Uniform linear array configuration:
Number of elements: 64
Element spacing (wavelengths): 0.25
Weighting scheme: cosine
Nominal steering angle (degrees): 60
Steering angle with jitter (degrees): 58.785
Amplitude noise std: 0.05
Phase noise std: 0.05

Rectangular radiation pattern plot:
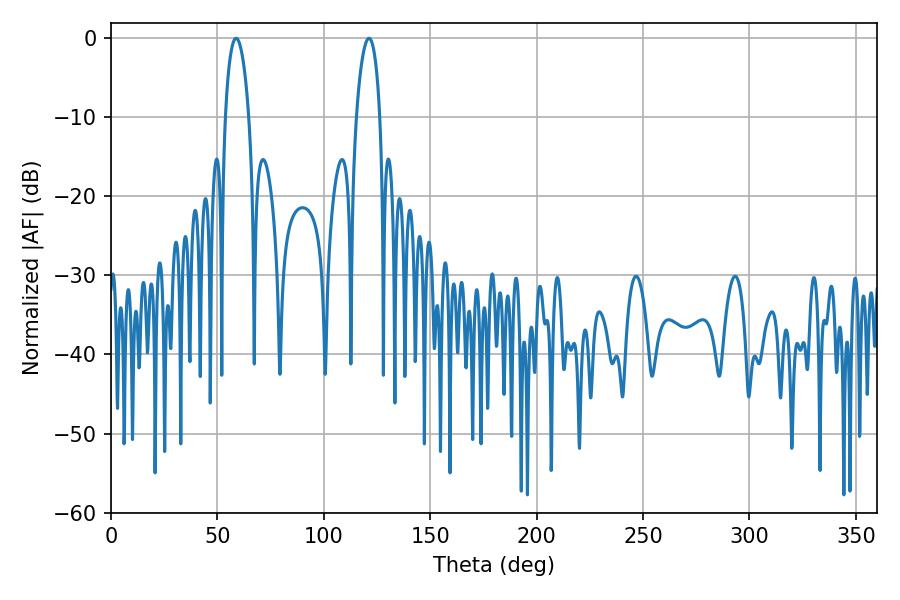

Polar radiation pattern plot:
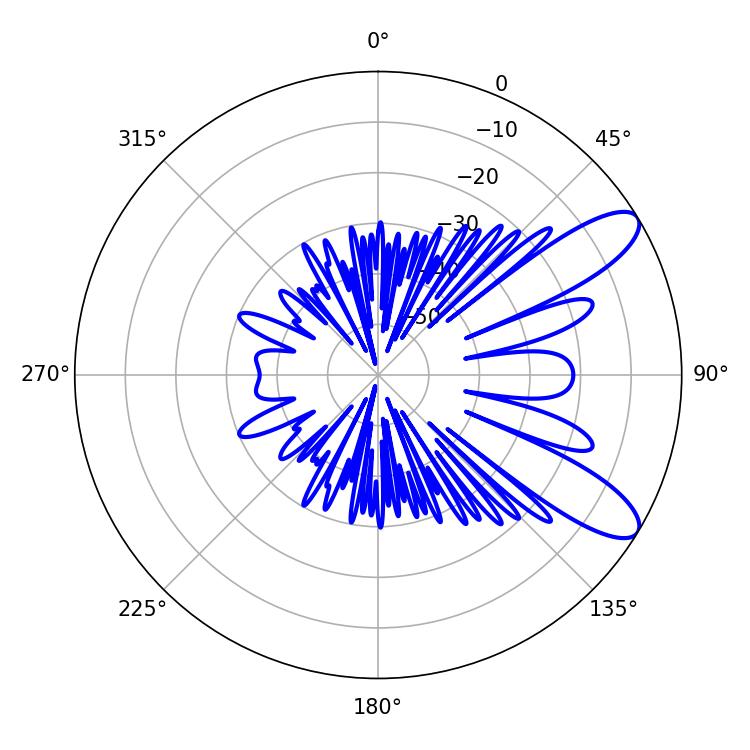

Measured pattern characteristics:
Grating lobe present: FALSE
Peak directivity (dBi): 9.824
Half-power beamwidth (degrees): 6.3
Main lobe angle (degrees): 121.14